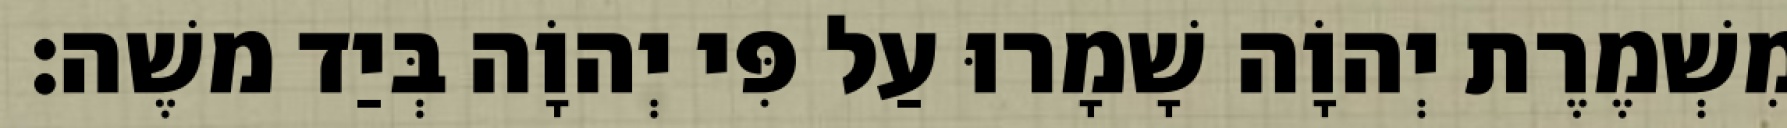
מִשְׁמֶרֶת יְהוָֹה שָׁמָרוּ עַל פִּי יְהוָֹה בְּיַד משֶׁה׃